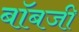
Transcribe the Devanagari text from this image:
बॉबजी